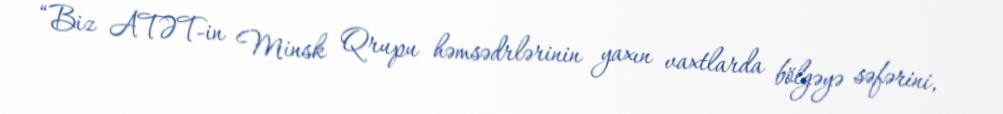
“Biz ATƏT-in Minsk Qrupu həmsədrlərinin yaxın vaxtlarda bölgəyə səfərini,